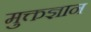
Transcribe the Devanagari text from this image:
मुक्तज्ञान